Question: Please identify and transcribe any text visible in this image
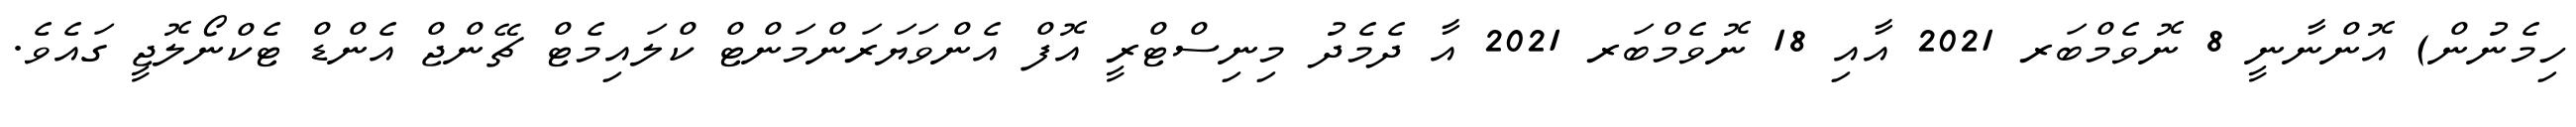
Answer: ހިމެނުން) އޮންނާނީ 8 ނޮވެމްބަރ 2021 އާއި 18 ނޮވެމްބަރ 2021 އާ ދެމެދު މިނިސްޓްރީ އޮފް އެންވަޔަރަންމަންޓް ކްލައިމެޓް ޗޭންޖް އެންޑް ޓެކްނޯލޮޖީ ގައެވެ.